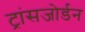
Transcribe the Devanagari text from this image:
ट्रांसजोर्डन